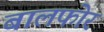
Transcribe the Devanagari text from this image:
बालफोर